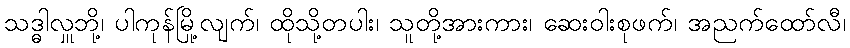
သဒ္ဓါလှူဘို့၊ ပါကုန်မြို့လျက်၊ ထိုသို့တပါး၊ သူတို့အားကား၊ ဆေးဝါးစုဖက်၊ အညက်ထော်လီ၊